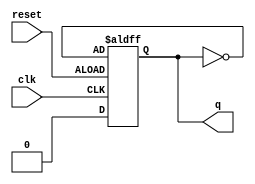
module div_2 (q,clk,reset); //   qCLKRESET.
    output q;
    input reset;
    input clk;
    reg q;
    always @ (posedge clk or posedge reset)
    if (reset==0)
      q<=1'b0; // 
      else
      q<=~q; // q
endmodule